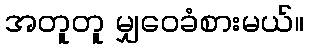
အတူတူ မျှဝေခံစားမယ်။